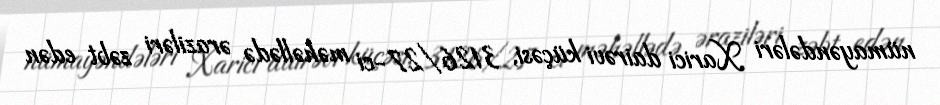
nümayəndələri Xarici dairəvi küçəsi, 3126/27-ci məhəllədə əraziləri zəbt edən